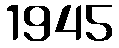
1945